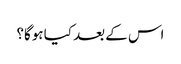
اس کے بعد کیا ہوگا؟